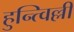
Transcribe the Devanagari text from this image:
हुन्त्विल्ली